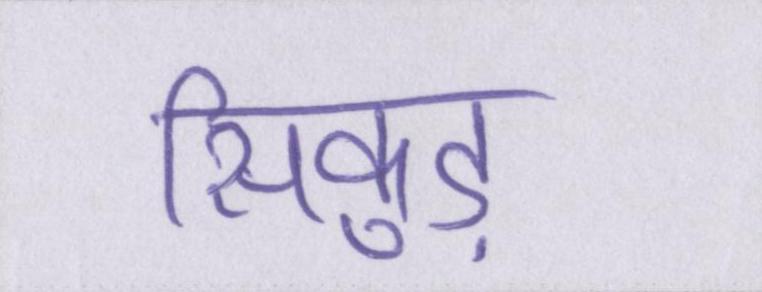
सिकुड़